system: You are a helpful assistant.
user:
Analyze the provided spectrum to determine if it is a **M-type Giant (gM)**.

A M-type Giant spectrum is defined by its **strong molecular absorption** features, particularly from **Titanium Oxide (TiO)**. You must check for one of the following mutually exclusive signatures:

- **Key Visual Indicators (Absorption-Dominated Spectrum):**

    - **(Primary):** The spectrum is dominated by strong molecular absorption from **Titanium Oxide (TiO)**. This is the **defining feature** of its M-type temperature class.
        - **(Key Bandheads):** Look for sharp, "saw-tooth" absorption valleys. The strongest are located near **~7050 Å**, **~6160 Å**, and **~5170 Å**.
        - **(Line Profile):** The "saw-tooth" morphology is critical: a **sharp, steep drop on the BLUE (short-wavelength) side** of the bandhead, followed by a gradual recovery (rising flux) towards the RED (long-wavelength) side.

    - **(Key Confirmation - Giant vs. Dwarf):** **ABSENCE** of strong **Calcium Hydride (CaH)** molecular bands. This is the primary diagnostic for *excluding* M-dwarfs.
        - **(Key Region):** The spectrum should lack the strong, broad absorption band seen in dwarfs between **~6800 Å and ~7000 Å**.

    - **(Secondary Confirmation - Giant):** A very strong and broad **Neutral Calcium (Ca I)** atomic absorption line.
        - **(Key Line):** Located at **~4226 Å**. In a giant (gM), this line is significantly deeper and broader than the same line in an M-dwarf (dM) due to low surface gravity.

    - **(Overall Spectrum):**
        - The continuum is **extremely red-sloping** (i.e., flux is very low in the blue and rises dramatically towards the red).
        - The entire spectrum appears "chopped up" by the deep TiO bands.

Think first, call **spectral_visualization_tool** if needed to examine features in detail, then provide your final answer. Your response must adhere to the following strict rules:
1.  **Overall Structure:** Your response must follow the format `<think>...</think> <tool_call>...</tool_call> (if a tool is used) <answer>...</answer>`.
2.  **Tool Usage Constraint:** You may only make **one** tool call per turn.
3.  **Final Answer Format:** In the `<answer>` tag, your conclusion must be inside a `\boxed{}` command (e.g., `\boxed{YES}` or `\boxed{NO}`), followed by your justification.

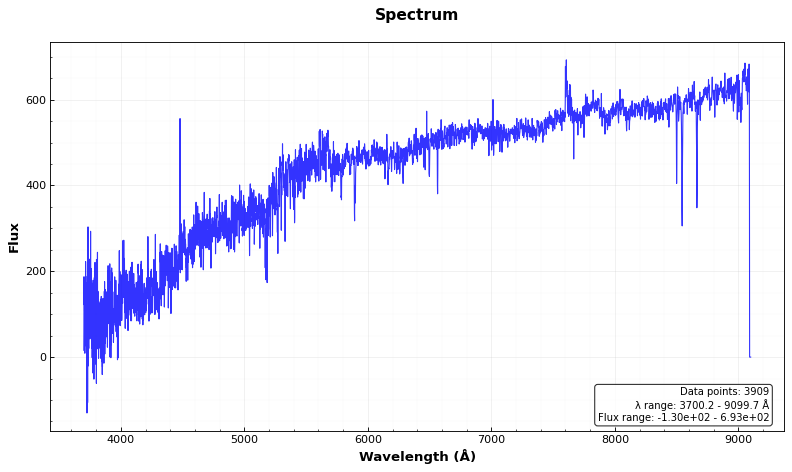
Answer: NO